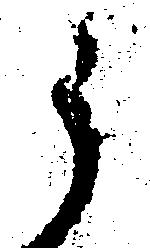
う